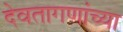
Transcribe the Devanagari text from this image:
देवतागणांच्या